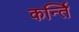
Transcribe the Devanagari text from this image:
कर्न्ति